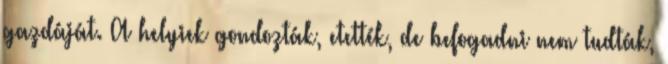
gazdáját. A helyiek gondozták, etették, de befogadni nem tudták,